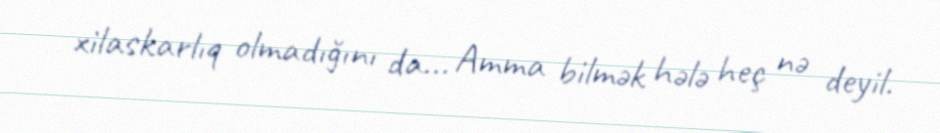
xilaskarlıq olmadığını da... Amma bilmək hələ heç nə deyil.